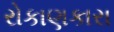
રોકાણકારા